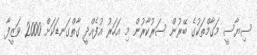
ސިޔާސީ މަގާމްތަކުގެ ބޭރުން ސަރުކާރުން މި އަހަރު އުފެއްދީ ގާތްގަނޑަކަށް 2000 ވަޒީފާ